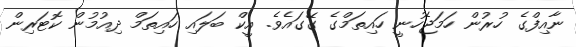
ނާއިފްގެ ހުރުން ހަމަޖެހުނީ ހައިތަމްގެ ގޭގައެވެ. އީކް ބަލައި ހައިތަމް ދިއުމުން ކޮޓަރިން